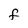
Character: F